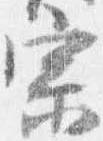
宗